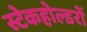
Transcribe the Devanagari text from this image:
स्टेकहोल्डरों